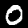
Label: 0